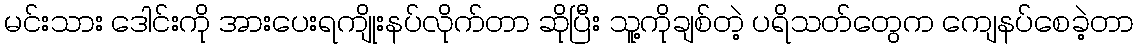
မင်းသား ဒေါင်းကို အားပေးရကျိုးနပ်လိုက်တာ ဆိုပြီး သူ့ကိုချစ်တဲ့ ပရိသတ်တွေက ကျေနပ်စေခဲ့တာ